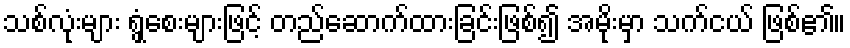
သစ်လုံးများ ရွှံ့စေးများဖြင့် တည်ဆောက်ထားခြင်းဖြစ်၍ အမိုးမှာ သက်ငယ် ဖြစ်၏။